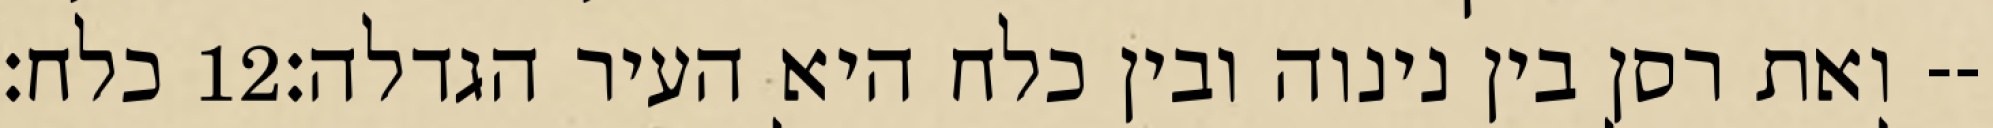
כלח׃ ‎12‏ ואת רסן בין נינוה ובין כלח היא העיר הגדלה׃--